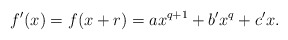
\begin{align*}f'(x) = f(x+r) = ax^{q+1}+b'x^q+c'x.\end{align*}